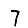
Digit: 7